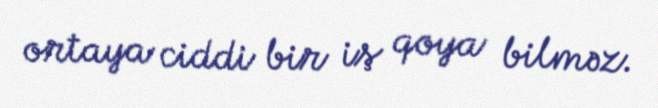
ortaya ciddi bir iş qoya bilməz.